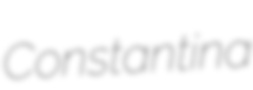
Constantina